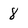
Character: 8